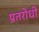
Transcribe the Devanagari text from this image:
प्रतरोधी